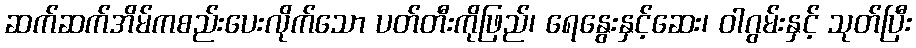
ဆက်ဆက်အိမ်ကစည်းပေးလိုက်သော ပတ်တီးကိုဖြည်၊ ရေနွေးနှင့်ဆေး၊ ဝါဂွမ်းနှင့် သုတ်ပြီး